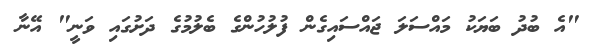
"އެ ބުދު ބަޔަކު މައްސަލަ ޖައްސައިގެން ފުލުހުންގެ ބެލުމުގެ ދަށުގައި ވަނީ" އޭނާ